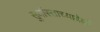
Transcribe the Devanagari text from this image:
सुर्यास्ताच्यावेळी